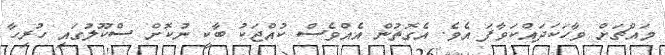
މައްޗަށް ވާހަކަދައްކަވާފަ އެވެ. އެގޮތުން އެއްވެސް ކުއްޖަކު ބާކީ ނުކޮށް ސްކޫލުގައި ހުރިހާ